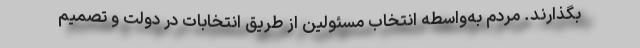
بگذارند. مردم به‌واسطه انتخاب مسئولین از طریق انتخابات در دولت و تصمیم